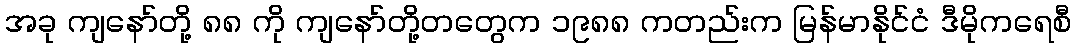
အခု ကျနော်တို့ ၈၈ ကို ကျနော်တို့တတွေက ၁၉၈၈ ကတည်းက မြန်မာနိုင်ငံ ဒီမိုကရေစီ